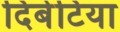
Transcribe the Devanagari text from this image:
दिबेटिया